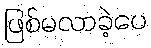
ဖြစ်မလာခဲ့ပေ